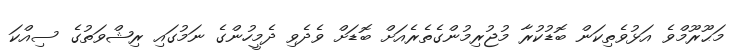
މަޙޫރޫމްވެ އަޅުވެތިކަން ބޮޑުކުރާ މުޖުރިމުންގެތެރެއަށް ބޮޑަށް ވެދެވި ދެމީހުންގެ ނަމުގައި ރިޝްވަތުގެ ސިއްކަ